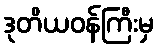
ဒုတိယဝန်ကြီးမှ